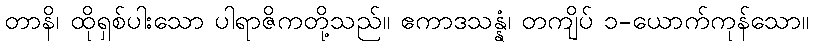
တာနိ၊ ထိုရှစ်ပါးသော ပါရာဇိကတို့သည်။ ဧကာဒသန္နံ၊ တကျိပ် ၁-ယောက်ကုန်သော။